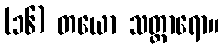
(၁၆) တယော သတ္ထာရော။